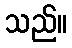
သည်။